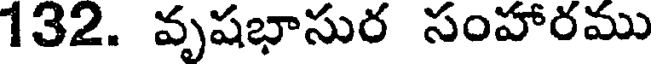
132. వృషభాసుర సంహారము